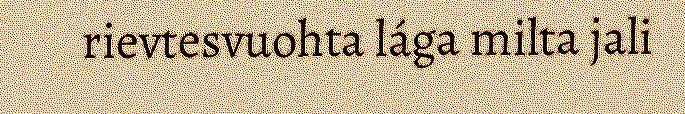
rievtesvuohta lága milta jali